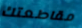
مقاطعتك